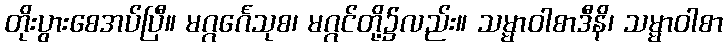
တိုးပွားစေအပ်ပြီ။ မဂ္ဂင်္ဂေသုစ၊ မဂ္ဂင်တို့၌လည်း။ သမ္မာဝါစာဒီနိ၊ သမ္မာဝါစာ